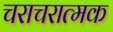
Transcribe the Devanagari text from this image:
चराचरात्मक